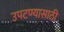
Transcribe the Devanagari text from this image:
उपटण्यासाठी